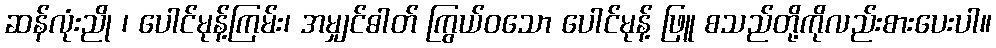
ဆန်လုံးညို ၊ ပေါင်မုန့်ကြမ်း၊ အမျှင်ဓါတ် ကြွယ်ဝသော ပေါင်မုန့် ဖြူ စသည်တို့ကိုလည်းစားပေးပါ။